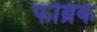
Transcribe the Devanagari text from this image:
फब्रिक